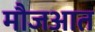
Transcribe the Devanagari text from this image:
मौजआत